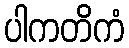
ပါကတိကံ